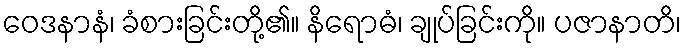
ဝေဒနာနံ၊ ခံစားခြင်းတို့၏။ နိရောဓံ၊ ချုပ်ခြင်းကို။ ပဇာနာတိ၊